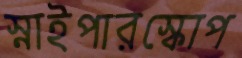
স্নাইপারস্কোপ